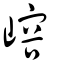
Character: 嵱